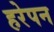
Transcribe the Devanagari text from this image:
हरेपन